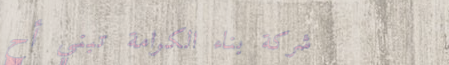
شركة بناء الكرامة تبني أح